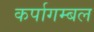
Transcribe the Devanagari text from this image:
कर्पागम्बल